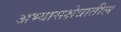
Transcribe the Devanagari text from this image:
अभ्यासक्षेत्रातील